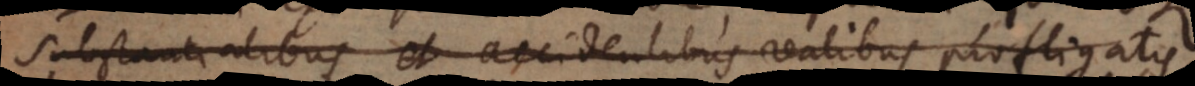
substantialibus et accidentibus realibus profligatis,